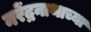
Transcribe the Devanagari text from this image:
नरेंद्रनाथाच्या